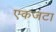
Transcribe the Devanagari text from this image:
एकजटा